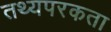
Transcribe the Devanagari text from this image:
तथ्यपरकता